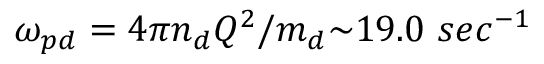
\omega _ { p d } = { 4 { \pi } { n _ { d } } Q ^ { 2 } } / { m _ { d } } { \sim } 1 9 . 0 ~ s e c ^ { - 1 }